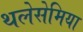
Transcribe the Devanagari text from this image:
थलेसेमिया